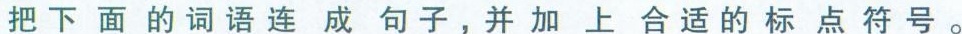
把下面的词语连成句子，并加上合适的标点符号。